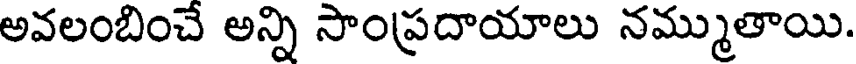
అవలంబించే అన్ని సాంప్రదాయాలు నమ్ముతాయి.